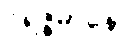
ဝိရဇ္ဇမာနော